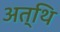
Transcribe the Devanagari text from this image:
अत्थि